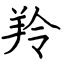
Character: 羚